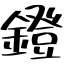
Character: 鐙